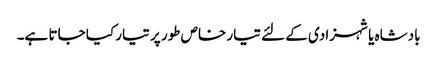
بادشاہ یا شہزادی کے لئے تیار خاص طور پر تیار کیا جاتا ہے۔